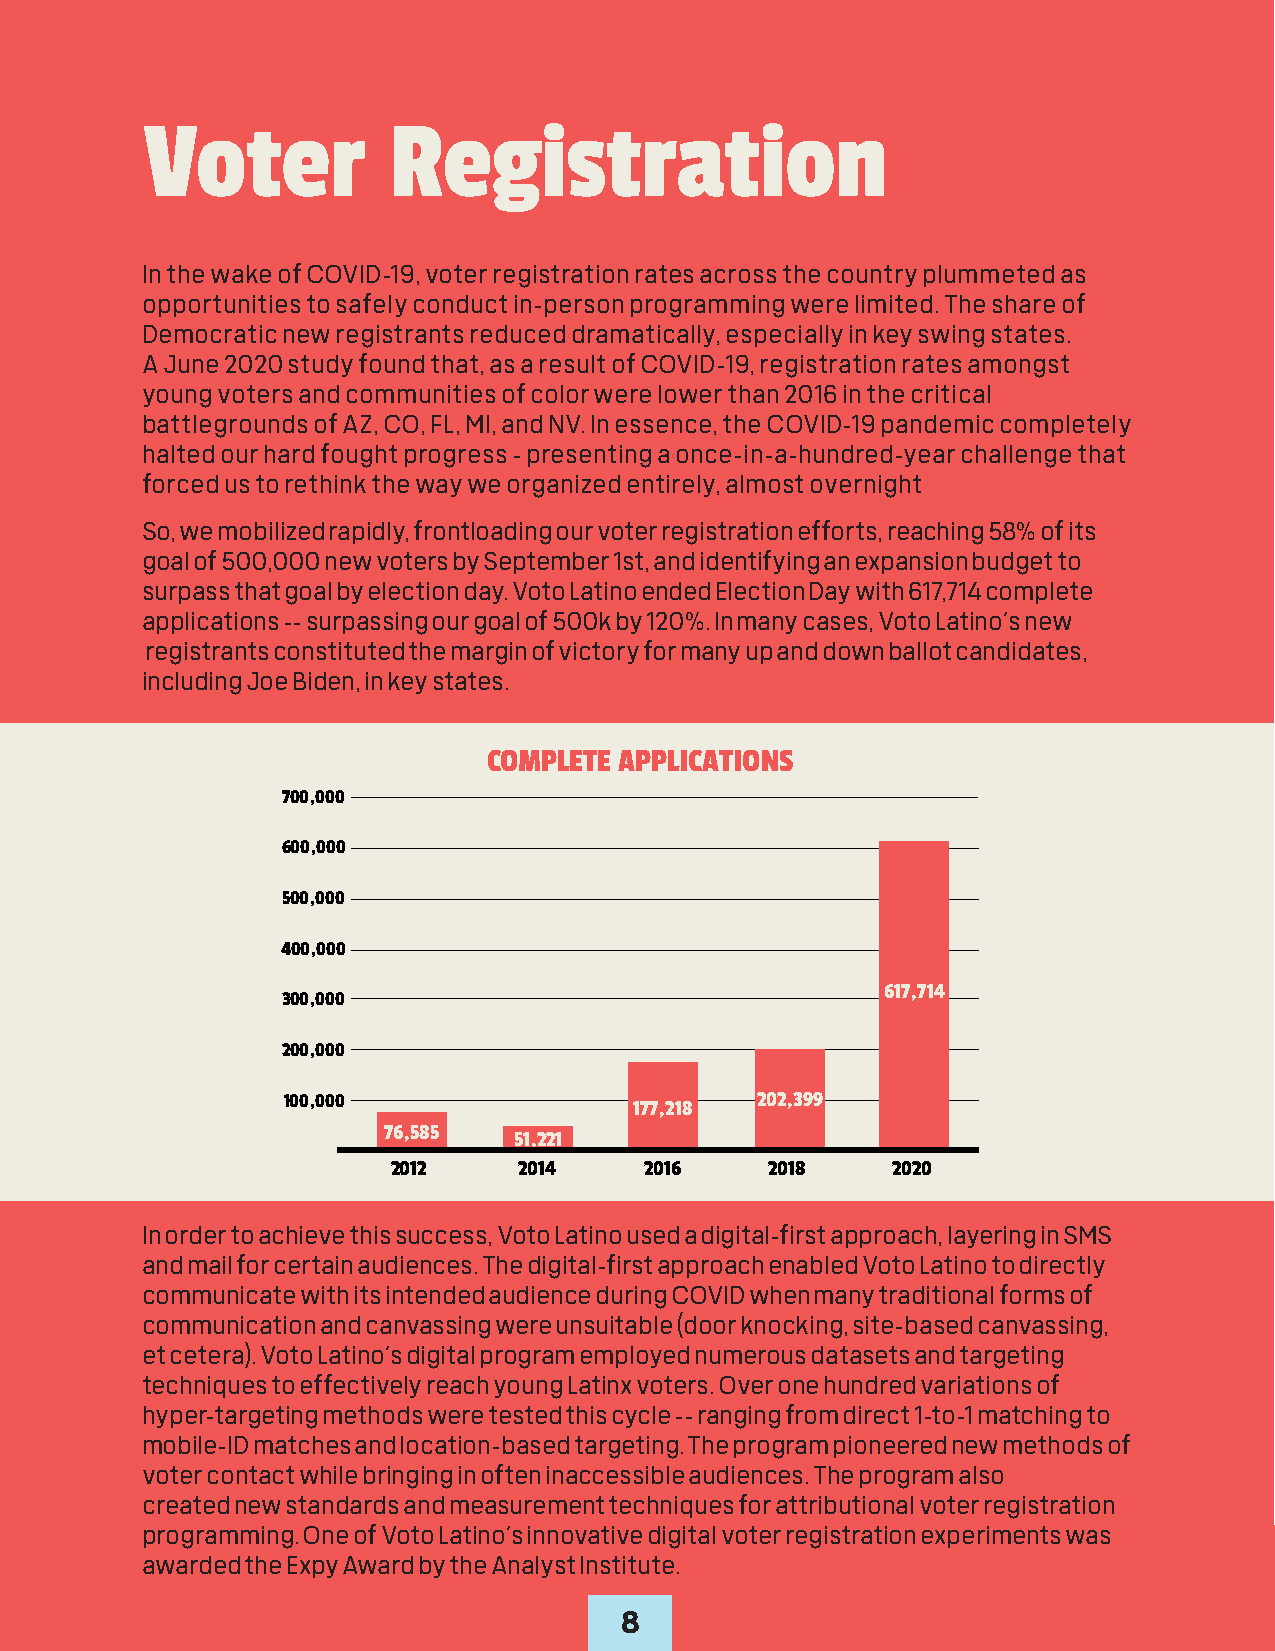
Voter            Registration
 In the wake of COVID-19, voter registration rates across the country plummeted as
 opportunities to safely conduct in-person programming were limited. The share of
 Democratic new registrants reduced dramatically, especially in key swing states.
 A June 2020 study found that, as a result of COVID-19, registration rates amongst
 young voters and communities of color were lower than 2016 in the critical
 battlegrounds of AZ, CO, FL, MI, and NV. In essence, the COVID-19 pandemic completely
 halted our hard fought progress – presenting a once-in-a-hundred-year challenge that
 forced us to rethink the way we organized entirely, almost overnight
 So, we mobilized rapidly, frontloading our voter registration efforts, reaching 58% of its
 goal of 500,000 new voters by September 1st, and identifying an expansion budget to
 surpass that goal by election day. Voto Latino ended Election Day with 617,714 complete
 applications -- surpassing our goal of 500k by 120%. In many cases, Voto Latino’s new
 registrants constituted the margin of victory for many up and down ballot candidates,
 including Joe Biden, in key states.
 COMPLETE APPLICATIONS
 700,000
 600,000
 500,000
 400,000
 617,714
 300,000
 200,000
 100,000                        202,399
 177,218
 76,585
 51,221
 2012    2014     2016    2018    2020
 In order to achieve this success, Voto Latino used a digital-first approach, layering in SMS
 and mail for certain audiences. The digital-first approach enabled Voto Latino to directly
 communicate with its intended audience during COVID when many traditional forms of
 communication and canvassing were unsuitable (door knocking, site-based canvassing,
 et cetera). Voto Latino’s digital program employed numerous datasets and targeting
 techniques to effectively reach young Latinx voters. Over one hundred variations of
 hyper-targeting methods were tested this cycle -- ranging from direct 1-to-1 matching to
 mobile-ID matches and location-based targeting. The program pioneered new methods of
 voter contact while bringing in often inaccessible audiences. The program also
 created new standards and measurement techniques for attributional voter registration
 programming. One of Voto Latino’s innovative digital voter registration experiments was
 awarded the Expy Award by the Analyst Institute.
 8